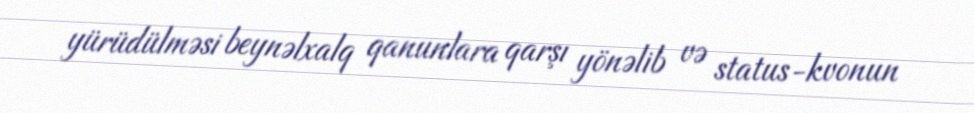
yürüdülməsi beynəlxalq qanunlara qarşı yönəlib və status-kvonun